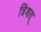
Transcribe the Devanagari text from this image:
त्रिंशत्